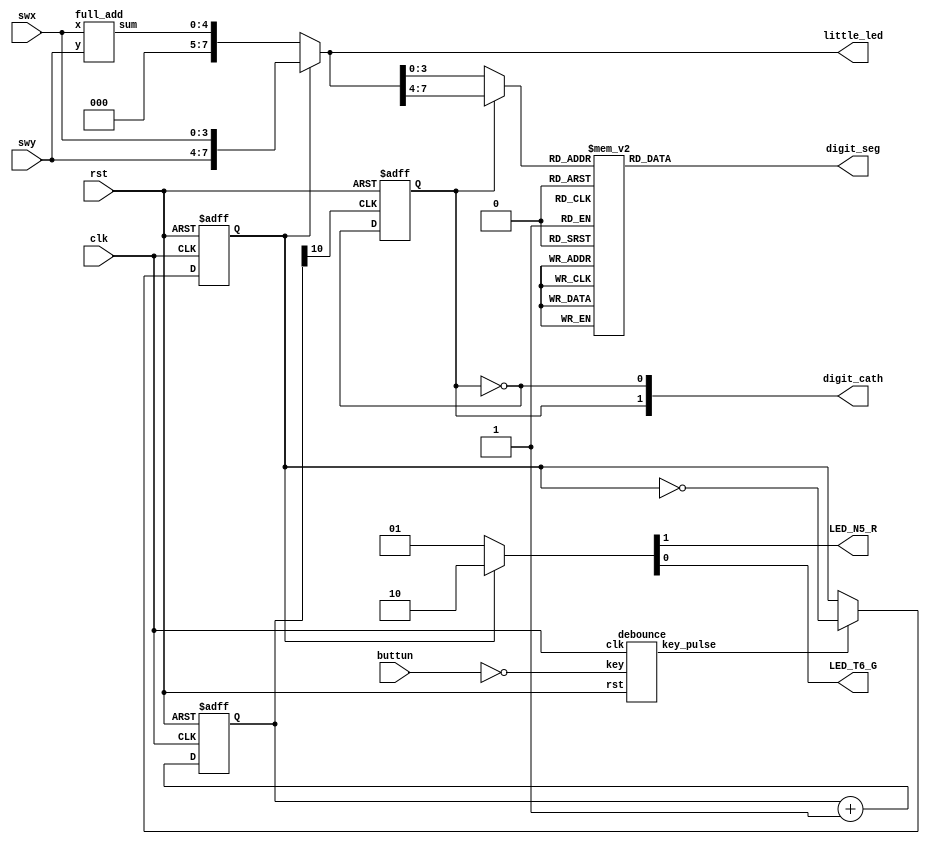
module four_bit_full_adder(buttun, rst, clk, swx, swy, digit_seg ,digit_cath , little_led, LED_N5_R, LED_T6_G);
input buttun;
input rst;
input clk;
input [3:0] swx;
input [3:0] swy;
output reg [7:0] digit_seg; //
output [1:0] digit_cath; //2
output [7:0] little_led;
output LED_N5_R;
output LED_T6_G;
wire [4:0] temp_full_result;
wire key_pulse;
reg view_chose=1;
wire [7:0] digit_display;

         debounce  u1 (                               
                       .clk (clk),
                       .rst (rst),
                       .key (~buttun),
                       .key_pulse (key_pulse)
                       );


always @(posedge clk or posedge rst) begin
	if (rst) begin
		view_chose<=1;
		
	end
	else if (key_pulse) begin
		view_chose<=~view_chose;
	end
	else begin
		view_chose<=view_chose;
	end
end
full_add add(
	.x(swx),
	.y(swy),
	.sum(temp_full_result));






reg [31:0] div_count;
always @(posedge clk,posedge rst)
begin
    if(rst)
        div_count <= 0;   //
    else
        div_count <= div_count + 1;
end

wire [3:0] digit;
always @(*)      //
begin
    case (digit)
        4'h0:  digit_seg <= 8'b11111100; //0~F
        4'h1:  digit_seg <= 8'b01100000;   
        4'h2:  digit_seg <= 8'b11011010;
        4'h3:  digit_seg <= 8'b11110010;
        4'h4:  digit_seg <= 8'b01100110;
        4'h5:  digit_seg <= 8'b10110110;
        4'h6:  digit_seg <= 8'b10111110;
        4'h7:  digit_seg <= 8'b11100000;
        4'h8:  digit_seg <= 8'b11111110;
        4'h9:  digit_seg <= 8'b11110110;
        4'hA:  digit_seg <= 8'b11101110;
        4'hB:  digit_seg <= 8'b00111110;
        4'hC:  digit_seg <= 8'b10011100;
        4'hD:  digit_seg <= 8'b01111010;
        4'hE:  digit_seg <= 8'b10011110;
        4'hF:  digit_seg <= 8'b10001110;
    endcase
end
reg segcath_holdtime;
always @(posedge div_count[10], posedge rst)
begin
if(rst)
     segcath_holdtime <= 0;
else
     segcath_holdtime <= ~segcath_holdtime;
end

//7
assign digit_cath ={segcath_holdtime, ~segcath_holdtime};
// 
assign digit =segcath_holdtime ? digit_display[7:4] : digit_display[3:0];

assign {LED_N5_R,LED_T6_G} =view_chose==1?2'b10:2'b01;
assign little_led = view_chose==1?{swy,swx}:{{3{1'b0}},temp_full_result};
assign digit_display =  view_chose==1?{swy,swx}:{{3{1'b0}},temp_full_result};
endmodule

module full_add(x,y,sum);
parameter N=3;
input [N:0] x;
input [N:0] y;
output [N+1:0] sum;
wire co0,co1,co2,co3;
wire co=0;
add_N a0(
	.x(x[0]),
	.y(y[0]),
	.Cin(co),
	.Cout(co0),
	.Sum(sum[0])
	);
add_N a1(
	.x(x[1]),
	.y(y[1]),
	.Cin(co0),
	.Cout(co1),
	.Sum(sum[1])
	);
add_N a2(
	.x(x[2]),
	.y(y[2]),
	.Cin(co1),
	.Cout(co2),
	.Sum(sum[2])
	);
add_N a3(
	.x(x[3]),
	.y(y[3]),
	.Cin(co2),
	.Cout(co3),
	.Sum(sum[3])
	);
assign sum[4] = co3;

endmodule

module add_N(x,y,Cin,Cout,Sum);
parameter N=0;
  input [N:0]x,y;
  input Cin;
  output [N:0]Sum;
  output  Cout;
  assign  {Cout,Sum}=x+y+Cin;
endmodule

module debounce (clk,rst,key,key_pulse);
 
        parameter       N  =  1;                      //
 
	input             clk;
        input             rst;
        input 	[N-1:0]   key;                        //					
	output  [N-1:0]   key_pulse;                  //	
 
        reg     [N-1:0]   key_rst_pre;                //
        reg     [N-1:0]   key_rst;                    //
 
        wire    [N-1:0]   key_edge;                   //
 
        //
        always @(posedge clk  or  posedge rst)
          begin
             if (rst) begin
                 key_rst <= {N{1'b1}};                //key_rst1{}N1
                 key_rst_pre <= {N{1'b1}};
             end
             else begin
                 key_rst <= key;                     //keykey_rst,key_rstkey_rst_pre
                 key_rst_pre <= key_rst;             //key_rstkeykey_rst_prekey
             end    
           end
 
        assign  key_edge = key_rst_pre & (~key_rst);//keykey_edge
 
        reg	[17:0]	  cnt;                       //12MHz20ms18     
 
        //20mskey_edge
        always @(posedge clk or posedge rst)
           begin
             if(rst)
                cnt <= 18'h0;
             else if(key_edge)
                cnt <= 18'h0;
             else
                cnt <= cnt + 1'h1;
             end  
 
        reg     [N-1:0]   key_sec_pre;                //
        reg     [N-1:0]   key_sec;                    
 
 
        //key
        always @(posedge clk  or  posedge rst)
          begin
             if (rst) 
                 key_sec <= {N{1'b1}};                
             else if (cnt==18'h3ffff)
                 key_sec <= key;  
          end
       always @(posedge clk  or  posedge rst)
          begin
             if (rst)
                 key_sec_pre <= {N{1'b1}};
             else                   
                 key_sec_pre <= key_sec;             
         end      
       assign  key_pulse = key_sec_pre & (~key_sec);     
 
endmodule